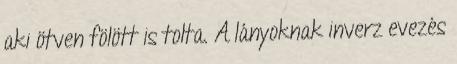
aki ötven fölött is tolta. A lányoknak inverz evezés